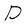
Character: D